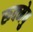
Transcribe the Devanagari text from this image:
रूक्मेषु